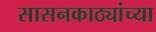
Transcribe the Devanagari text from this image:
सासनकाठ्यांच्या